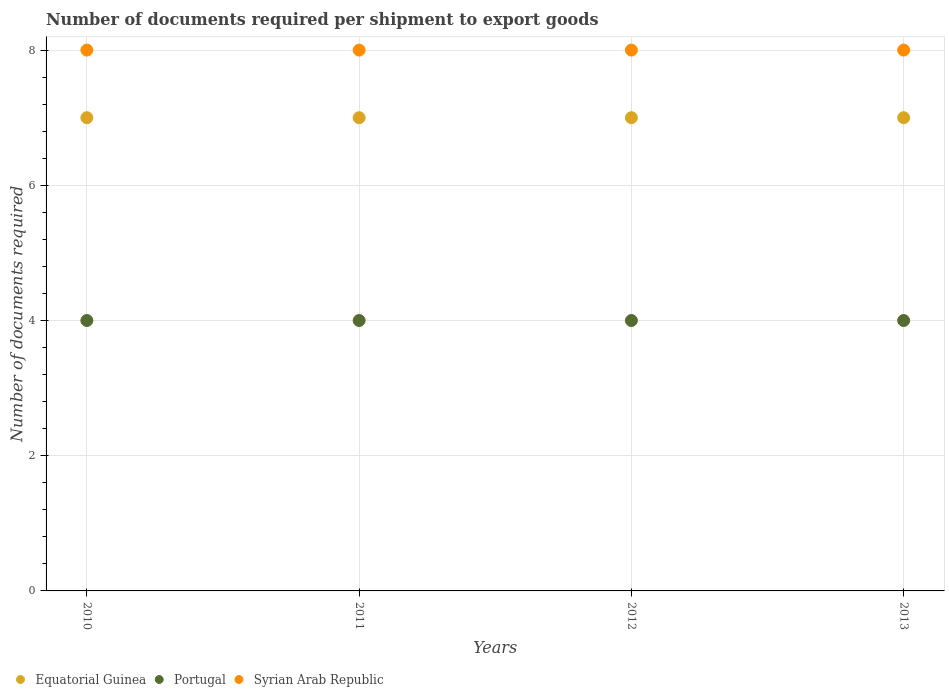
| Years | Equatorial Guinea | Portugal | Syrian Arab Republic |
 | --- | --- | --- | --- |
 | 2010 | 7 | 4 | 8 |
 | 2011 | 7 | 4 | 8 |
 | 2012 | 7 | 4 | 8 |
 | 2013 | 7 | 4 | 8 |